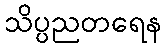
သိပ္ပညတရေန